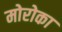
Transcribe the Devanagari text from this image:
मोरोका